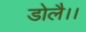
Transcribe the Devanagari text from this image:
डोलै।।